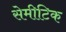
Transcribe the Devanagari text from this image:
सेमीटिक